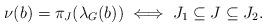
LaTeX: \begin{align*}\nu(b) = \pi_{J}(\lambda_G(b))\iff J_1\subseteq J\subseteq J_2.\end{align*}